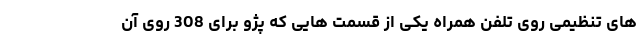
های تنظیمی روی تلفن همراه یکی از قسمت هایی که پژو برای 308 روی آن